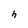
Character: h